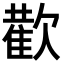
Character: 𭭕